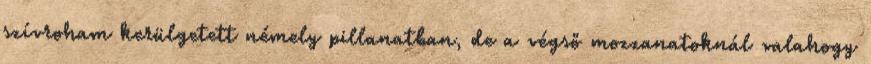
szívroham kerülgetett némely pillanatban, de a végső mozzanatoknál valahogy